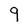
Character: 9